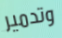
وتدمير